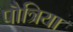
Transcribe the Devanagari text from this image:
पौत्रिया